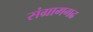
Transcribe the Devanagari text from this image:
संग्रामगढ